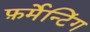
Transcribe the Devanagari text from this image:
फ़र्मेन्टिंग